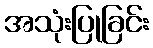
အသုံးပြုခြင်း